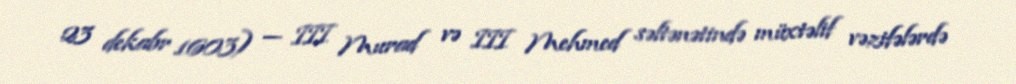
23 dekabr 1603) — III Murad və III Mehmed səltənətində müxtəlif vəzifələrdə